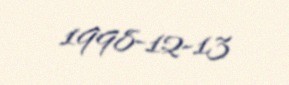
1998-12-13